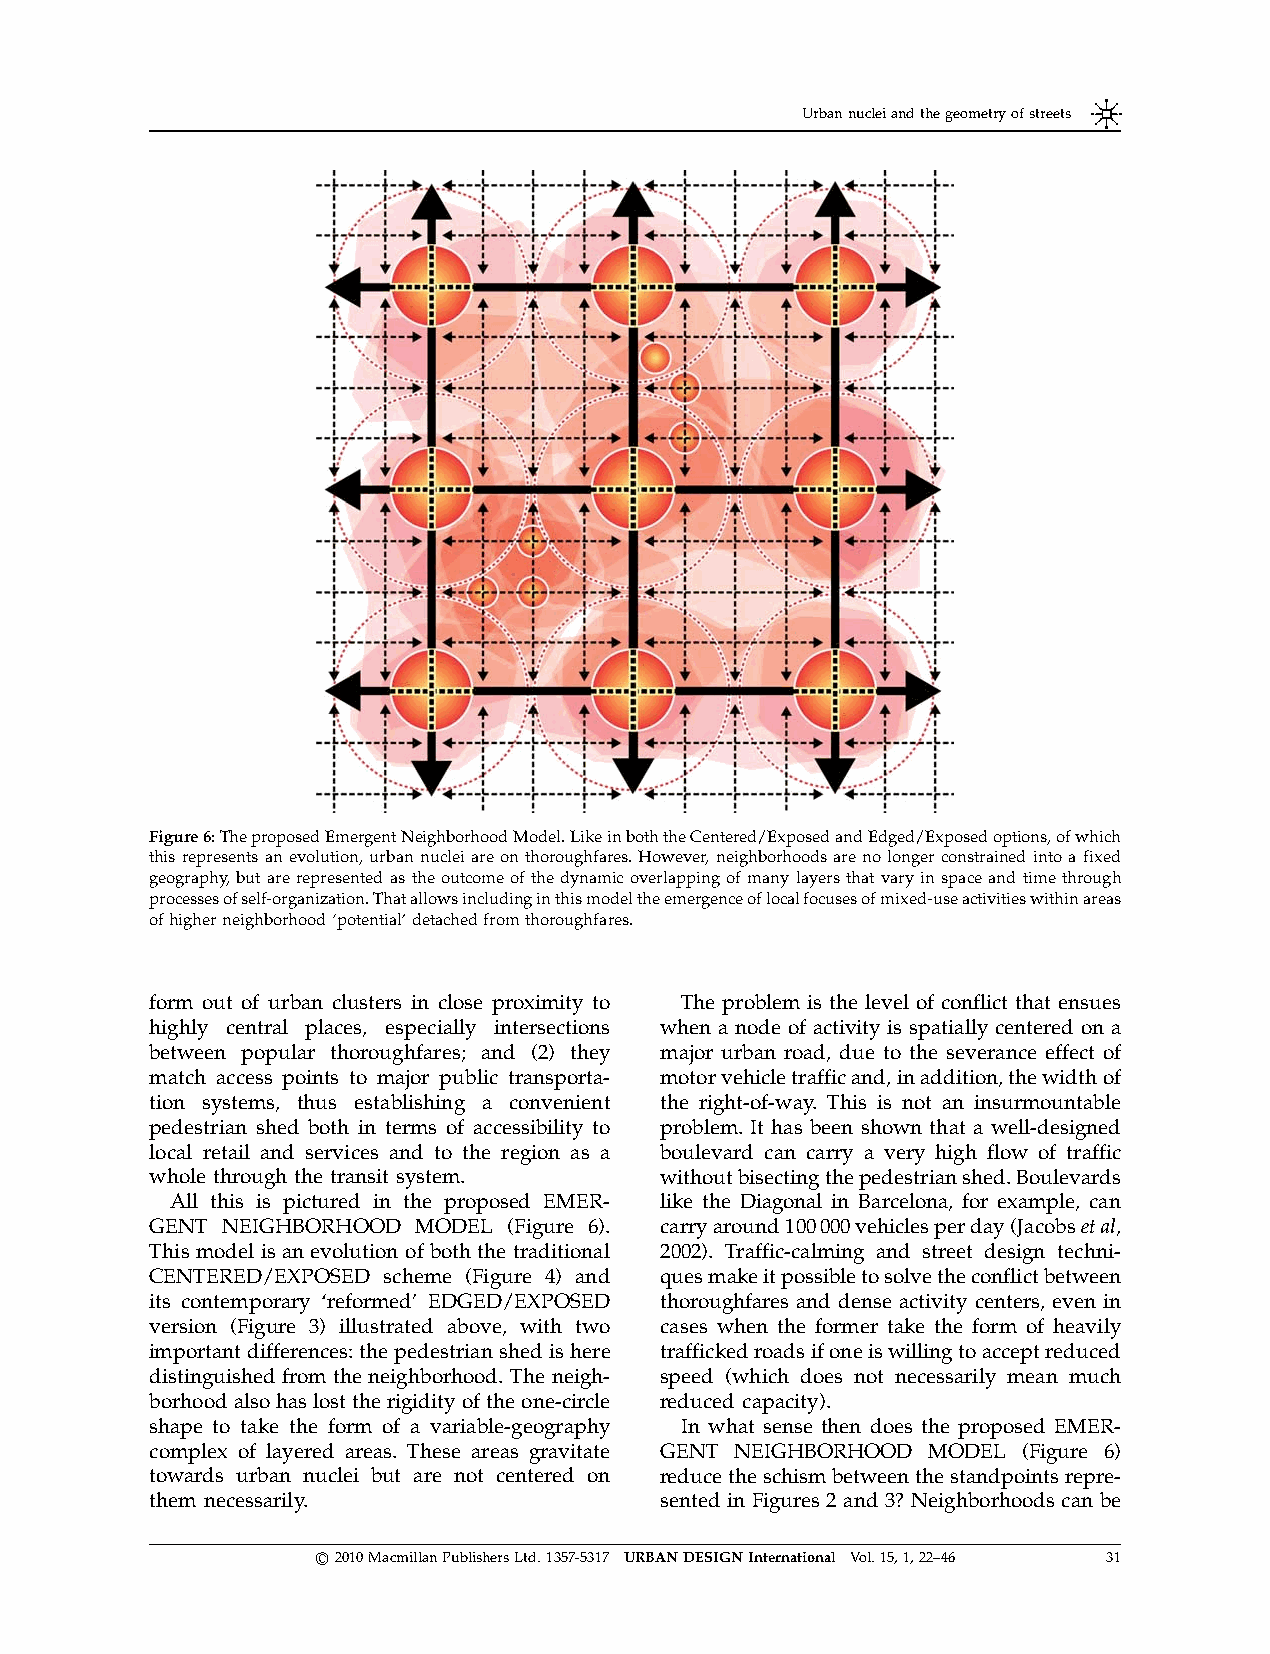
Urbannucleiandthegeometryofstreets
 Figure6:TheproposedEmergentNeighborhoodModel.LikeinboththeCentered/ExposedandEdged/Exposedoptions,ofwhich
 this represents an evolution, urban nuclei areon thoroughfares. However, neighborhoods areno longerconstrained into a fixed
 geography, butarerepresented as theoutcome of the dynamicoverlapping of manylayersthat vary in spaceand time through
 processesofself-organization.Thatallowsincludinginthismodeltheemergenceoflocalfocusesofmixed-useactivitieswithinareas
 ofhigherneighborhood‘potential’detachedfromthoroughfares.
 form out of urban clusters in close proximity to The problem is the level of conflict that ensues
 highly central places, especially intersections when a node of activity is spatially centered on a
 between popular thoroughfares; and (2) they major urban road, due to the severance effect of
 match access points to major public transporta- motorvehicletrafficand,inaddition,thewidthof
 tion systems, thus establishing a convenient the right-of-way. This is not an insurmountable
 pedestrian shed both in terms of accessibility to problem. It has been shown that a well-designed
 local retail and services and to the region as a boulevard can carry a very high flow of traffic
 whole through the transit system. withoutbisectingthepedestrianshed.Boulevards
 All this is pictured in the proposed EMER- like the Diagonal in Barcelona, for example, can
 GENT NEIGHBORHOOD MODEL (Figure 6). carryaround100000vehiclesperday(Jacobsetal,
 This model is an evolution of both the traditional 2002). Traffic-calming and street design techni-
 CENTERED/EXPOSED scheme (Figure 4) and quesmakeitpossibletosolvetheconflictbetween
 its contemporary ‘reformed’ EDGED/EXPOSED thoroughfares and dense activity centers, even in
 version (Figure 3) illustrated above, with two cases when the former take the form of heavily
 important differences:thepedestrian shedishere traffickedroadsifoneiswillingtoacceptreduced
 distinguished from the neighborhood. The neigh- speed (which does not necessarily mean much
 borhoodalsohaslosttherigidityoftheone-circle reduced capacity).
 shape to take the form of a variable-geography In what sense then does the proposed EMER-
 complex of layered areas. These areas gravitate GENT NEIGHBORHOOD MODEL (Figure 6)
 towards urban nuclei but are not centered on reducetheschismbetweenthestandpointsrepre-
 them necessarily.                 sented in Figures 2 and 3? Neighborhoods can be
 r2010MacmillanPublishersLtd.1357-5317 URBANDESIGNInternational Vol.15,1,22–46 31